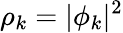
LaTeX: \rho_{k}=|\phi_{k}|^{2}